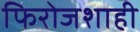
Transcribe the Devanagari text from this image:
फिरोजशाही